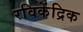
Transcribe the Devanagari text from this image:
रविकेंद्रिक